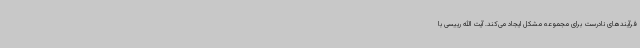
فرآیندهای نادرست برای مجموعه مشکل ایجاد می‌کند. آیت الله رییسی با